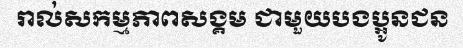
រាល់សកម្មភាពសង្គម ជាមួយបងប្អូនជន